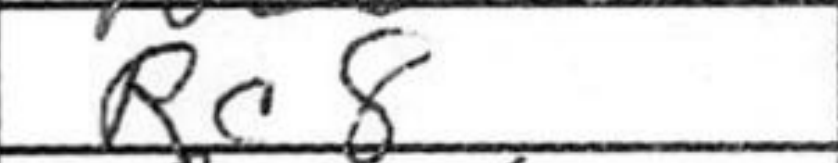
Transcription: Rc8